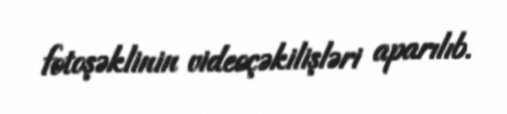
fotoşəklinin videoçəkilişləri aparılıb.